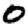
Digit: 0